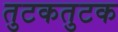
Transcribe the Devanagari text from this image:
तुटकतुटक